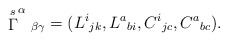
\begin{align*}\stackrel{s}{\Gamma }^\alpha {}_{\beta \gamma}=(L^i{}_{jk},L^a{}_{bi},C^i{}_{jc},C^a{}_{bc}).\end{align*}